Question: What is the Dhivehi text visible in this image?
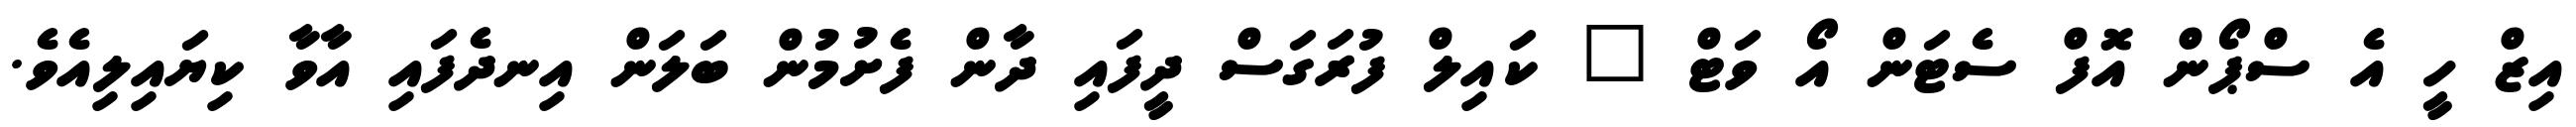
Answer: އިޒް ހީ އެ ސްޕޯން އޮފް ސެޓަން އޯ ވަޓް " ކައިލް ފުރަގަސް ދީފައި ދާން ފެށުމުން ބަލަން އިނދެފައި އާވާ ކިޔައިލިއެވެ.